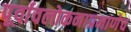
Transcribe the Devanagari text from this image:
पूर्वावलोकनाप्रमाणेच